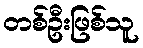
တစ်ဦးဖြစ်သူ